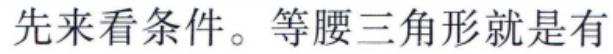
先来看条件。等腰三角形就是有